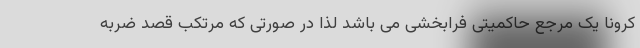
کرونا یک مرجع حاکمیتی فرابخشی می باشد لذا در صورتی که مرتکب قصد ضربه